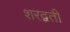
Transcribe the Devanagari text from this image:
शरद्वती